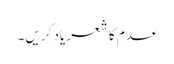
عدم کا شعر یاد کریں۔